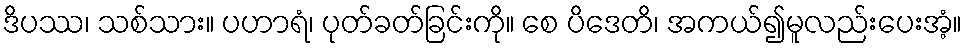
ဒိပဿ၊ သစ်သား။ ပဟာရံ၊ ပုတ်ခတ်ခြင်းကို။ စေ ပိဒေတိ၊ အကယ်၍မူလည်းပေးအံ့။